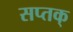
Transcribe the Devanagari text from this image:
सप्तक्